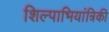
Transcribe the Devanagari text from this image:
शिल्पाभियांत्रिकी